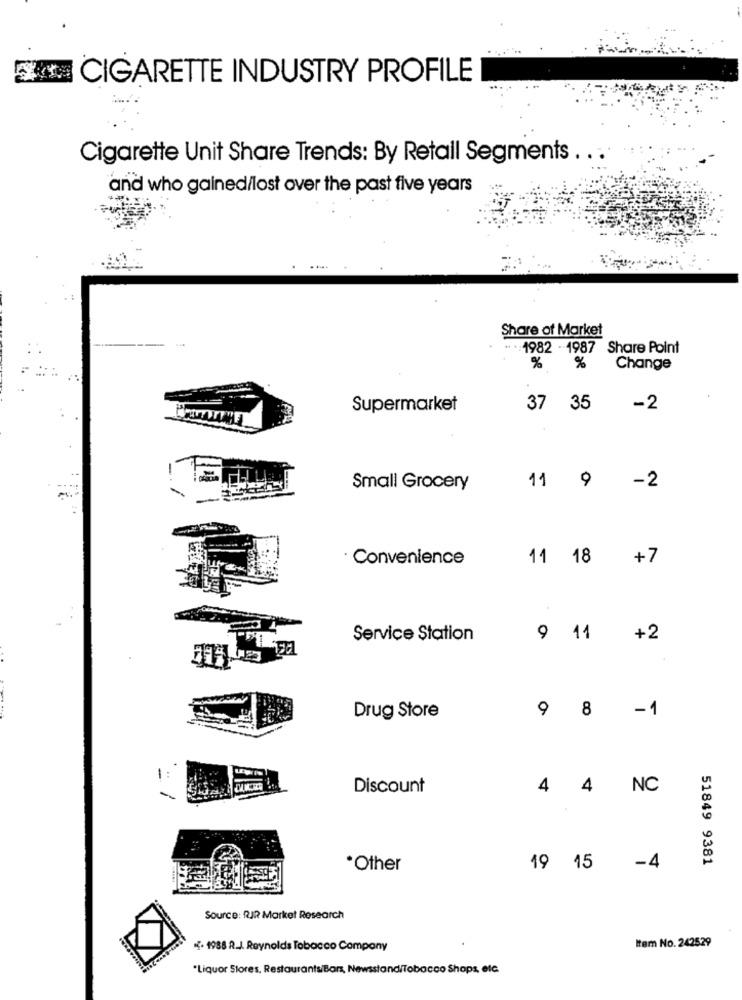
CIGARETTE INDUSTRY PROFILE
Cigarette Unit Share Trends: By Retall Segments .. .
and who gained/lost over the past five years
Share of Market
.. .: 1982 - 1987 Share Point
%
%
Change
Supermarket
37 35
-2
-2
Small Grocery
11 9
· Convenience
11 18
+7
Service Station
9 11
+2
9
8
-1
Drug Store
Discount
4
4
NC
51849 9381
*Other
19 15
-4
Source: RJR Market Research
. 1988 R_J. Reynolds Tobacco Company
Item No. 242529
"Liquor Stores, Restaurants/Bars, Newsstand/Tobacco Shops, etc